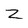
Character: Z